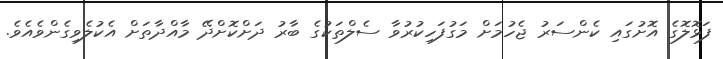
ފަޅޮލޮގެ އޮށުގައި ކެންސަރު ޖެހުމަށް މަގުފަހިކުރުވާ ސެލްތަކުގެ ބާރު ދަށްކޮށްދޭ މާއްދާތަށް އެކުލެވިގެންވެއެވެ.